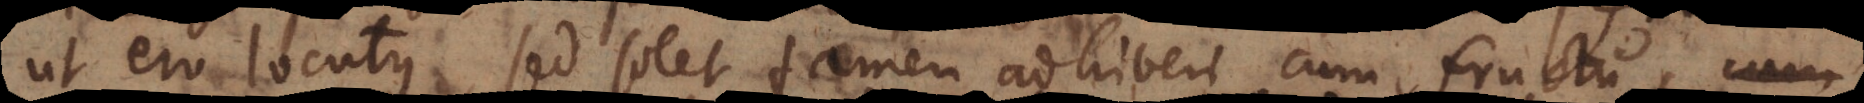
ut ero locutus, sed solet tamen adhiberi cum fructu,